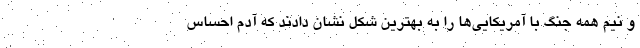
و نیم همه جنگ با آمریکایی‌ها را به بهترین شکل نشان دادند که آدم احساس